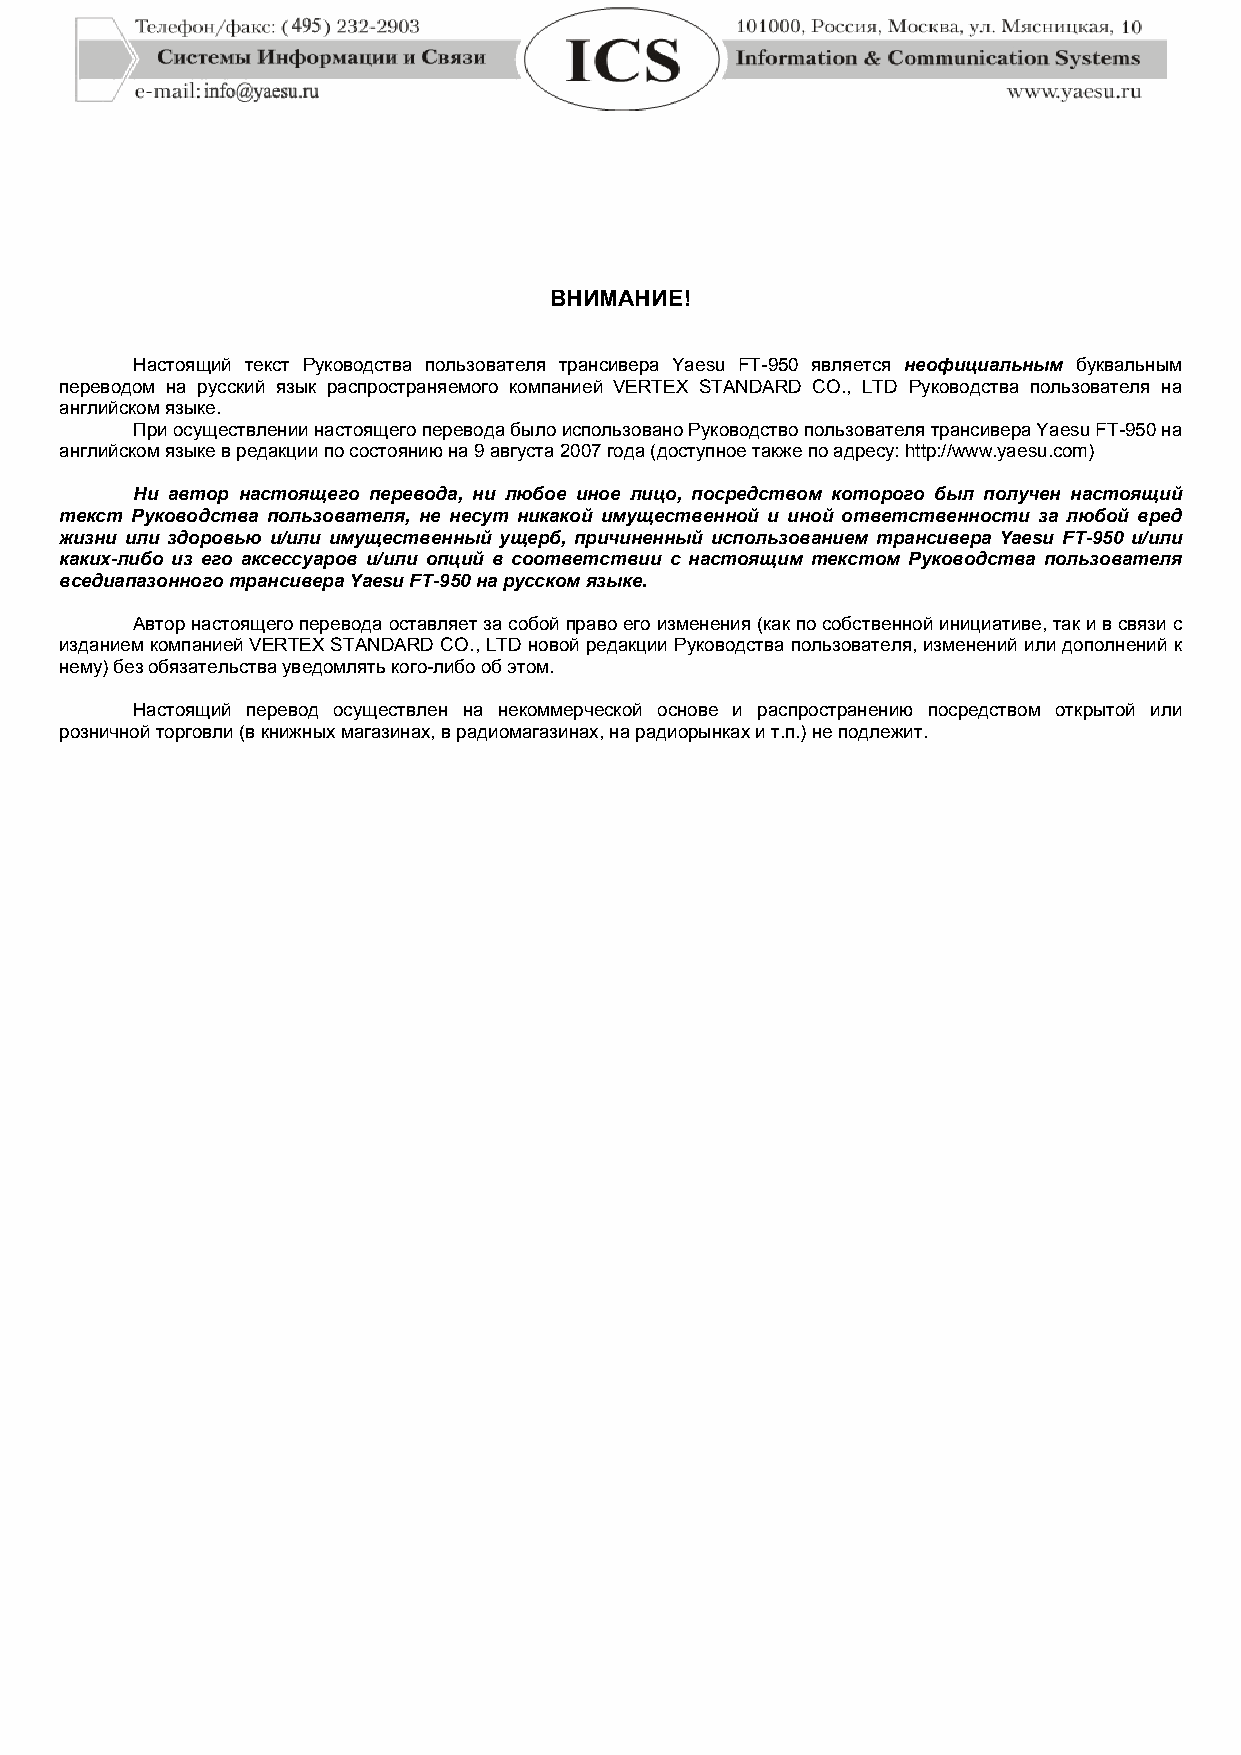
ВНИМАНИЕ!
 Настоящий текст Руководства пользователя трансивера Yaesu FT-950 является неофициальным буквальным
 переводом на русский язык распространяемого компанией VERTEX STANDARD CO., LTD Руководства пользователя на
 английском языке.
 При осуществлении настоящего перевода было использовано Руководство пользователя трансивера Yaesu FT-950 на
 английском языке в редакции по состоянию на 9 августа 2007 года (доступное также по адресу: http://www.yaesu.com)
 Ни автор настоящего перевода, ни любое иное лицо, посредством которого был получен настоящий
 текст Руководства пользователя, не несут никакой имущественной и иной ответственности за любой вред
 жизни или здоровью и/или имущественный ущерб, причиненный использованием трансивера Yaesu FT-950 и/или
 каких-либо из его аксессуаров и/или опций в соответствии с настоящим текстом Руководства пользователя
 вседиапазонного трансивера Yaesu FT-950 на русском языке.
 Автор настоящего перевода оставляет за собой право его изменения (как по собственной инициативе, так и в связи с
 изданием компанией VERTEX STANDARD CO., LTD новой редакции Руководства пользователя, изменений или дополнений к
 нему) без обязательства уведомлять кого-либо об этом.
 Настоящий перевод осуществлен на некоммерческой основе и распространению посредством открытой или
 розничной торговли (в книжных магазинах, в радиомагазинах, на радиорынках и т.п.) не подлежит.